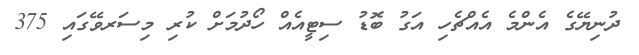
ދުނިޔޭގެ އެންމެ އެއްޗެހި އަގު ބޮޑު ސިޓީއެއް ހޯދުމަށް ކުރި މިސަރވޭގައި 375